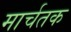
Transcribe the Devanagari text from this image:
मार्चतक